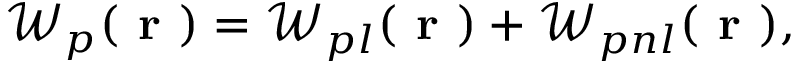
\mathcal { W } _ { p } ( \textbf { r } ) = \mathcal { W } _ { p l } ( \textbf { r } ) + \mathcal { W } _ { p n l } ( \textbf { r } ) ,